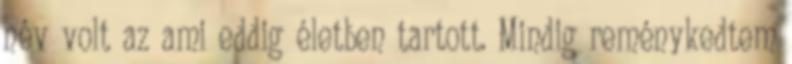
név volt az ami eddig életben tartott. Mindig reménykedtem